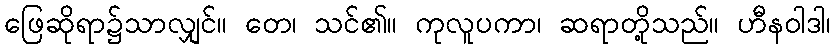
ဖြေဆိုရာ၌သာလျှင်။ တေ၊ သင်၏။ ကုလူပကာ၊ ဆရာတို့သည်။ ဟီနဝါဒါ၊